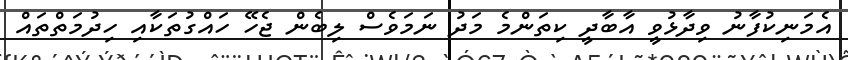
އެމަނިކުފާނު ވިދާޅުވީ އާބާދީ ކިތަންމެ މަދު ނަމަވެސް ލިބެން ޖެހޭ ހައްގުތަކާއި ހިދުމަތްތައް